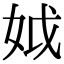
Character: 𡛟